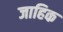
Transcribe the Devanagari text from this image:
जाहिक